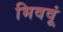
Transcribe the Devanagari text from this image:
भिववूं